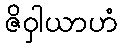
ဇိဝှါယာဟံ